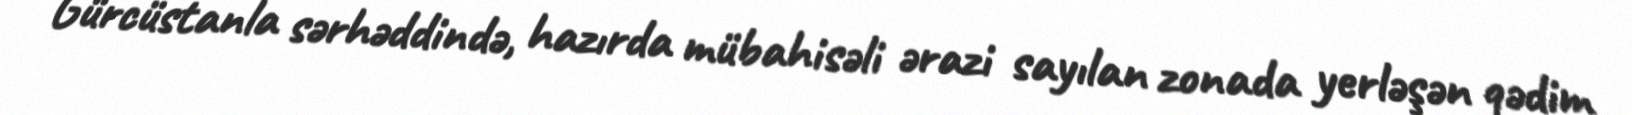
Gürcüstanla sərhəddində, hazırda mübahisəli ərazi sayılan zonada yerləşən qədim